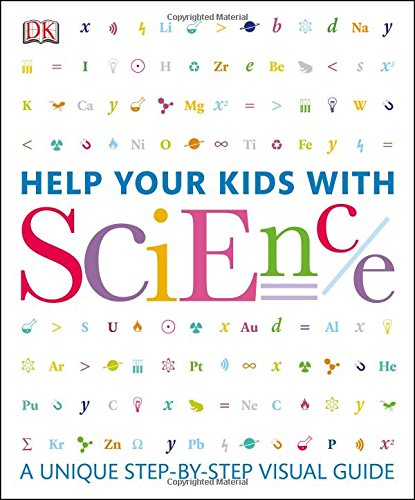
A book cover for Help Your Kids with Science; DK Publishing; Education & Teaching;